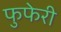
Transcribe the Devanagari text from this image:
फुफेरी